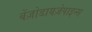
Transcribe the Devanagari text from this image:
बेंज़ोडायज़ेपाइन्स